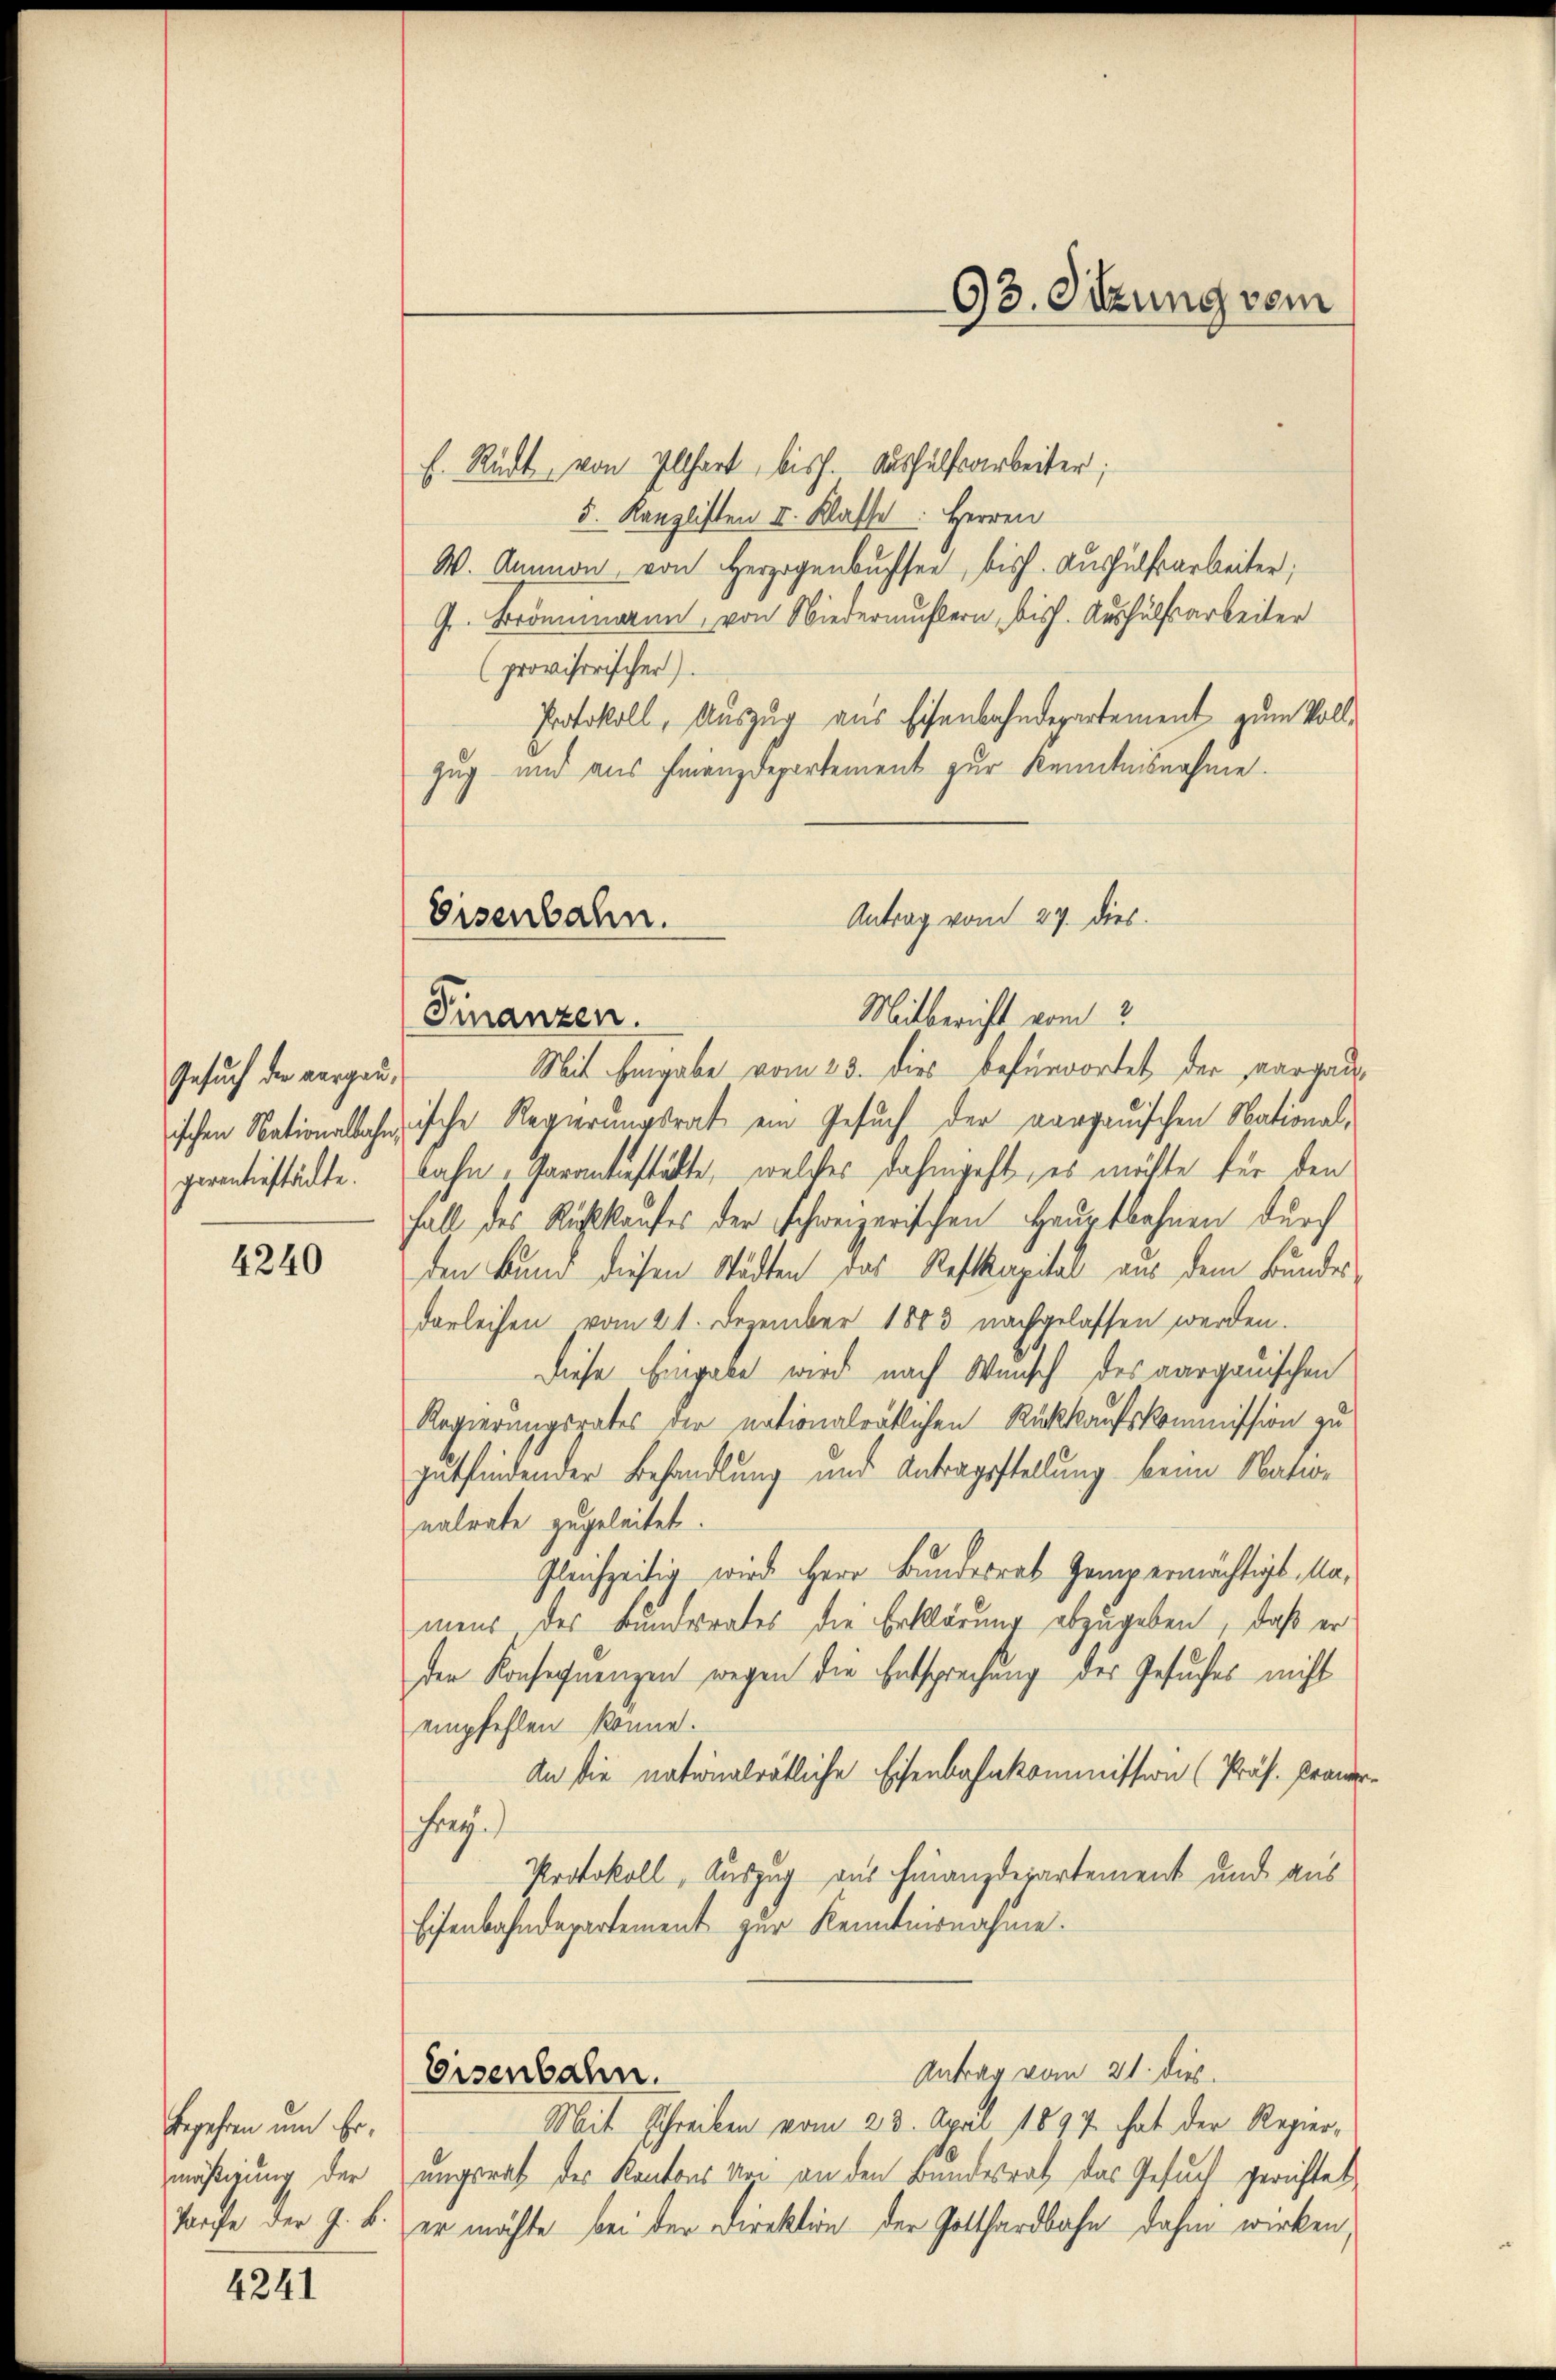
Gesuch der vergangerantiestätte.

4240

begehren um Ermäßigung der

4241

E. Rüdt, von Illhart biss. Aushülfsarbeiter,
5. Kanzlisten II. Klasse Herren
W. Ammon von Herzogenbuchsen, bish. Aushülfsarbeiter,
G. Brönnmann, von Niedermustern, bis. Aushülfsarbeiter
(provisorischer).
Protokoll, Auszug aus Eisenbahndepartement zum Vollzug- und aus Finanzdepartement zur Kenntnisnahme.
Mit Eingabe vom 23. dies befürwortet der aargauischen Nationalbahnische Regierungsrat ein Gesuch der aargauischen National-
bahn Garantiestätte, welches dahingeht, es möchte für den
Fall des Rückkaufes der schweizerischen Hauptbahnen durch
den Bund diesen Städten das Reskapital aus dem Bundesdarleihen vom 21. Dezember 1883 nachgelassen werden.
Diese Eingabe wird nach Wunsch des aargauischen
Regierungsrates der nationalrätlichen Rückkaufskommission zu
gutfindender Behandlung und Antragsstellung beim Nation
nalrate zugeleitet.
Gleichzeitig wird Herr Bunderrat Gempermächtigt, Namens des Bunderates die Erklärung abzugeben, daß er
den Konsequenzen wegen die Entsprechung des Gesuches nicht
empfehlen könne.
An die nationalrätliche Eisenbahnkommission (Präs. Praner¬
Frag
Protokoll, Auszug aus Finanzdepartement und aus
Eisenbahndepartement zur Kenntnisnahme.
Antrag vom 21. dies
Eisenbahn.
Mit Schreiben vom 23. April 1897 hat der Regierungsrath der Kantons Uri an den Bundesrath das Gesuch gerichtet
tarfe der J. B. er möchte bei der Direktion der Gotthardbahn dahin wirken,

Antrag vom 27. dies.
Eisenbahn.
Mitbericht vom 2
Finanzen.

93. Sitzung vom